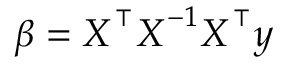
\beta = \boldsymbol { X } ^ { \intercal } \boldsymbol { X } ^ { - 1 } \boldsymbol { X } ^ { \intercal } \boldsymbol { y }